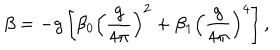
\beta = - g \left[ \beta _ { 0 } \left( \frac { g } { 4 \pi } \right) ^ { 2 } + \beta _ { 1 } \left( \frac { g } { 4 \pi } \right) ^ { 4 } \right] ,